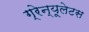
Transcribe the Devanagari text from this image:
ग्रेन्यूलेटस